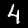
Label: 4